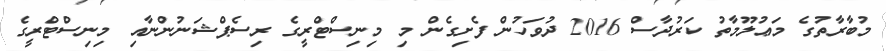
މުބާރާތުގެ މަޢުލޫމާތު ކަރުދާސް 2016 ދުވަހުން ފެށިގެން މި މިނިސްޓްރީގެ ރިސެޕްޝަނުންނާއި މިނިސްޓްރީގެ